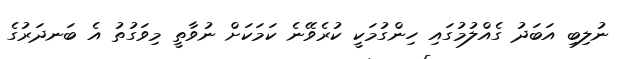
ނުލިބި އަބަދު ގެއްލުމުގައި ހިންގުމަކީ ކުރެވޭނެ ކަމަކަށް ނުވާތީ މިވަގުތު އެ ބަނދަރުގެ